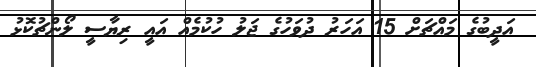
އަދީބުގެ މައްޗަށް 15 އަހަރު ދުވަހުގެ ޖަލު ހުކުމެއް އައީ ރިޔާސީ ލޯންޗުކޮޅު